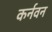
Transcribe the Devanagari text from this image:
कर्नवन